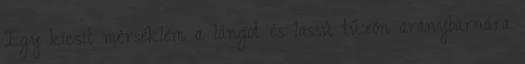
Egy kicsit mérséklem a lángot és lassú tűzön aranybarnára